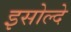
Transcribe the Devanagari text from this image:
इसोल्दे